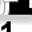
Digit: 1